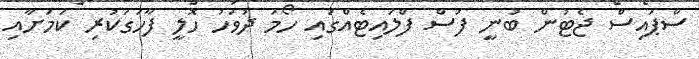
ސްޕައިސް ޖެޓުން ބުނީ ފަސް ފްލައިޓެއްގައި ހޯމަ ދުވަހު ހޮލީ ފާހަގަކުރި ކަމަށާއި